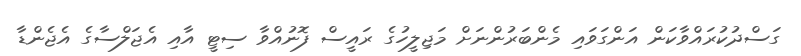
ގަސްދުކުރައްވާކަން އަންގަވައި މެންބަރުންނަށް މަޖިލީހުގެ ރައީސް ފޮނުއްވާ ސިޓީ އާއި އެޖަލްސާގެ އެޖެންޑާ